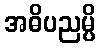
အဓိပညမ္ပိ